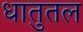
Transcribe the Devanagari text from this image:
धातुतल